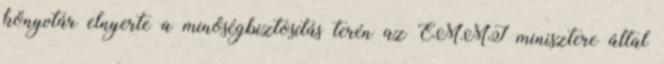
könyvtár elnyerte a minőségbiztosítás terén az EMMI minisztere által